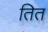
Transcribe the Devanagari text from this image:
तित